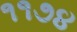
૧૧૭૪